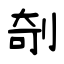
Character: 剞